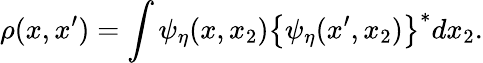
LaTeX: \rho(x,x^{\prime})=\int\psi_{\eta}(x,x_{2})\left\{ \psi_{\eta}(x^{\prime},x_{2})\right\} ^{*}dx_{2}.